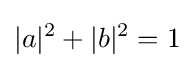
|a|^{2}+|b|^{2}=1